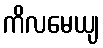
ကိလမေယျ